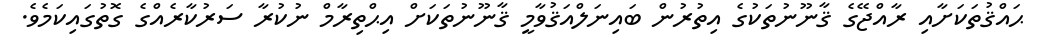
ޙައްޤުތަކަށާއި ރާއްޖޭގެ ޤާނޫނުތަކުގެ އިތުރުން ބައިނަލްއަޤުވާމީ ޤާނޫނުތަކަށް އިޙްތިރާމް ނުކުރާ ސަރުކާރެއްގެ ގޮތުގައިކަމެވެ.